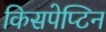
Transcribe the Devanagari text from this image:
किसपेप्टिन